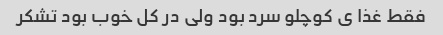
فقط غذا ی کوچلو سرد بود ولی در کل خوب بود تشکر